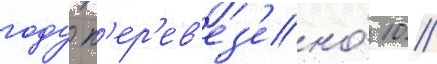
году п'ер'ев'ез'ено́ 10 /